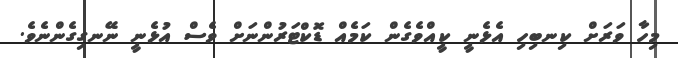
މިހާ ވަރަށް ކިނބިހި އެޅެނީ ކީއްވެގެން ކަމެއް ޑޮކްޓަރުންނަށް ވެސް އުޅެނީ ނޭނގިގެންނެވެ.